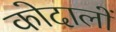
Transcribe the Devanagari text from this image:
कोदालों